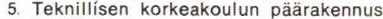
5. Teknillisen korkeakoulun päärakennus